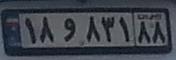
۱۸و۸۳۱۸۸